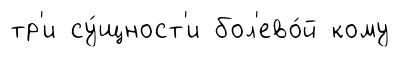
тр'и су́щност'и бол'ево́й кому